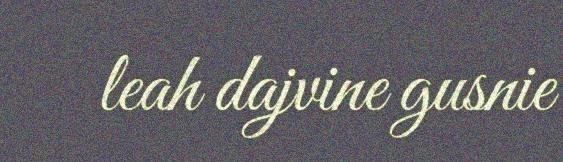
leah dajvine gusnie